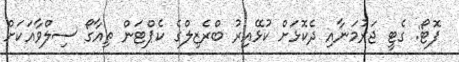
ފޮޓޯ: ގެޓީ ޖަރުމަނާއި ދެކޮޅަށް ކުޅޭއިރު ބްރެޒިލްގެ ކެޕްޓަން ތިއާގޯ ސިލްވާއަކަށް